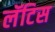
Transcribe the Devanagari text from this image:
लॅटिस